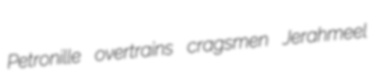
Petronille overtrains cragsmen Jerahmeel